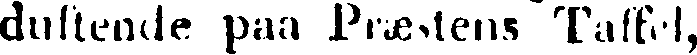
duftende paa Præstens Taffel,